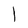
Character: l